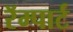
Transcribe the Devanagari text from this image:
रॅम्पार्ट